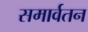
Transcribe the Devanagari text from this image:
समार्वतन